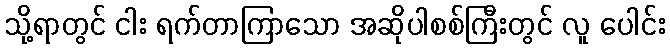
သို့ရာတွင် ငါး ရက်တာကြာသော အဆိုပါစစ်ကြီးတွင် လူ ပေါင်း